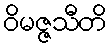
ဝိမဇ္ဇသီတိ